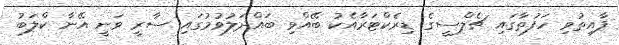
ފާއިތުވި ހަފުތާގައި ޗެލްސީގެ ޑިރެކްޓަރާއެކު ބޭއްވި ބައްދަލުވުމުގައި ސާރީ ވަނީ އޭނާ ކްލަބު